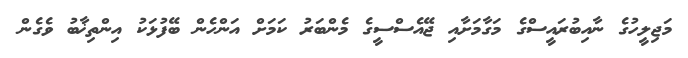
މަޖިލީހުގެ ނާއިބުރައީސްގެ މަގާމަށާއި ޖޭއެސްސީގެ މެންބަރު ކަމަށް އަންހެން ބޭފުޅަކު އިންތިޚާބު ވެގެން